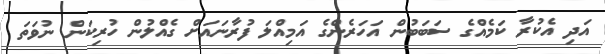
އަދި އެކުރާ ކަމެއްގެ ސަބަބުން އަހަރެންގެ އަމިއްލަ ފުރާނައަށް ގެއްލުން ހުރިކަން ނުވަތަ